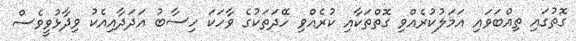
ގޮތުގައި ތިއްބަވައި އަމަލުކުރެއްވި ގޮތްތަކާއި ކުރެއްވި ހޭދަތަކުގެ ވާހަކަ ހިސާބު އަދަދާއިއެކު ވިދާޅުވީވެސް